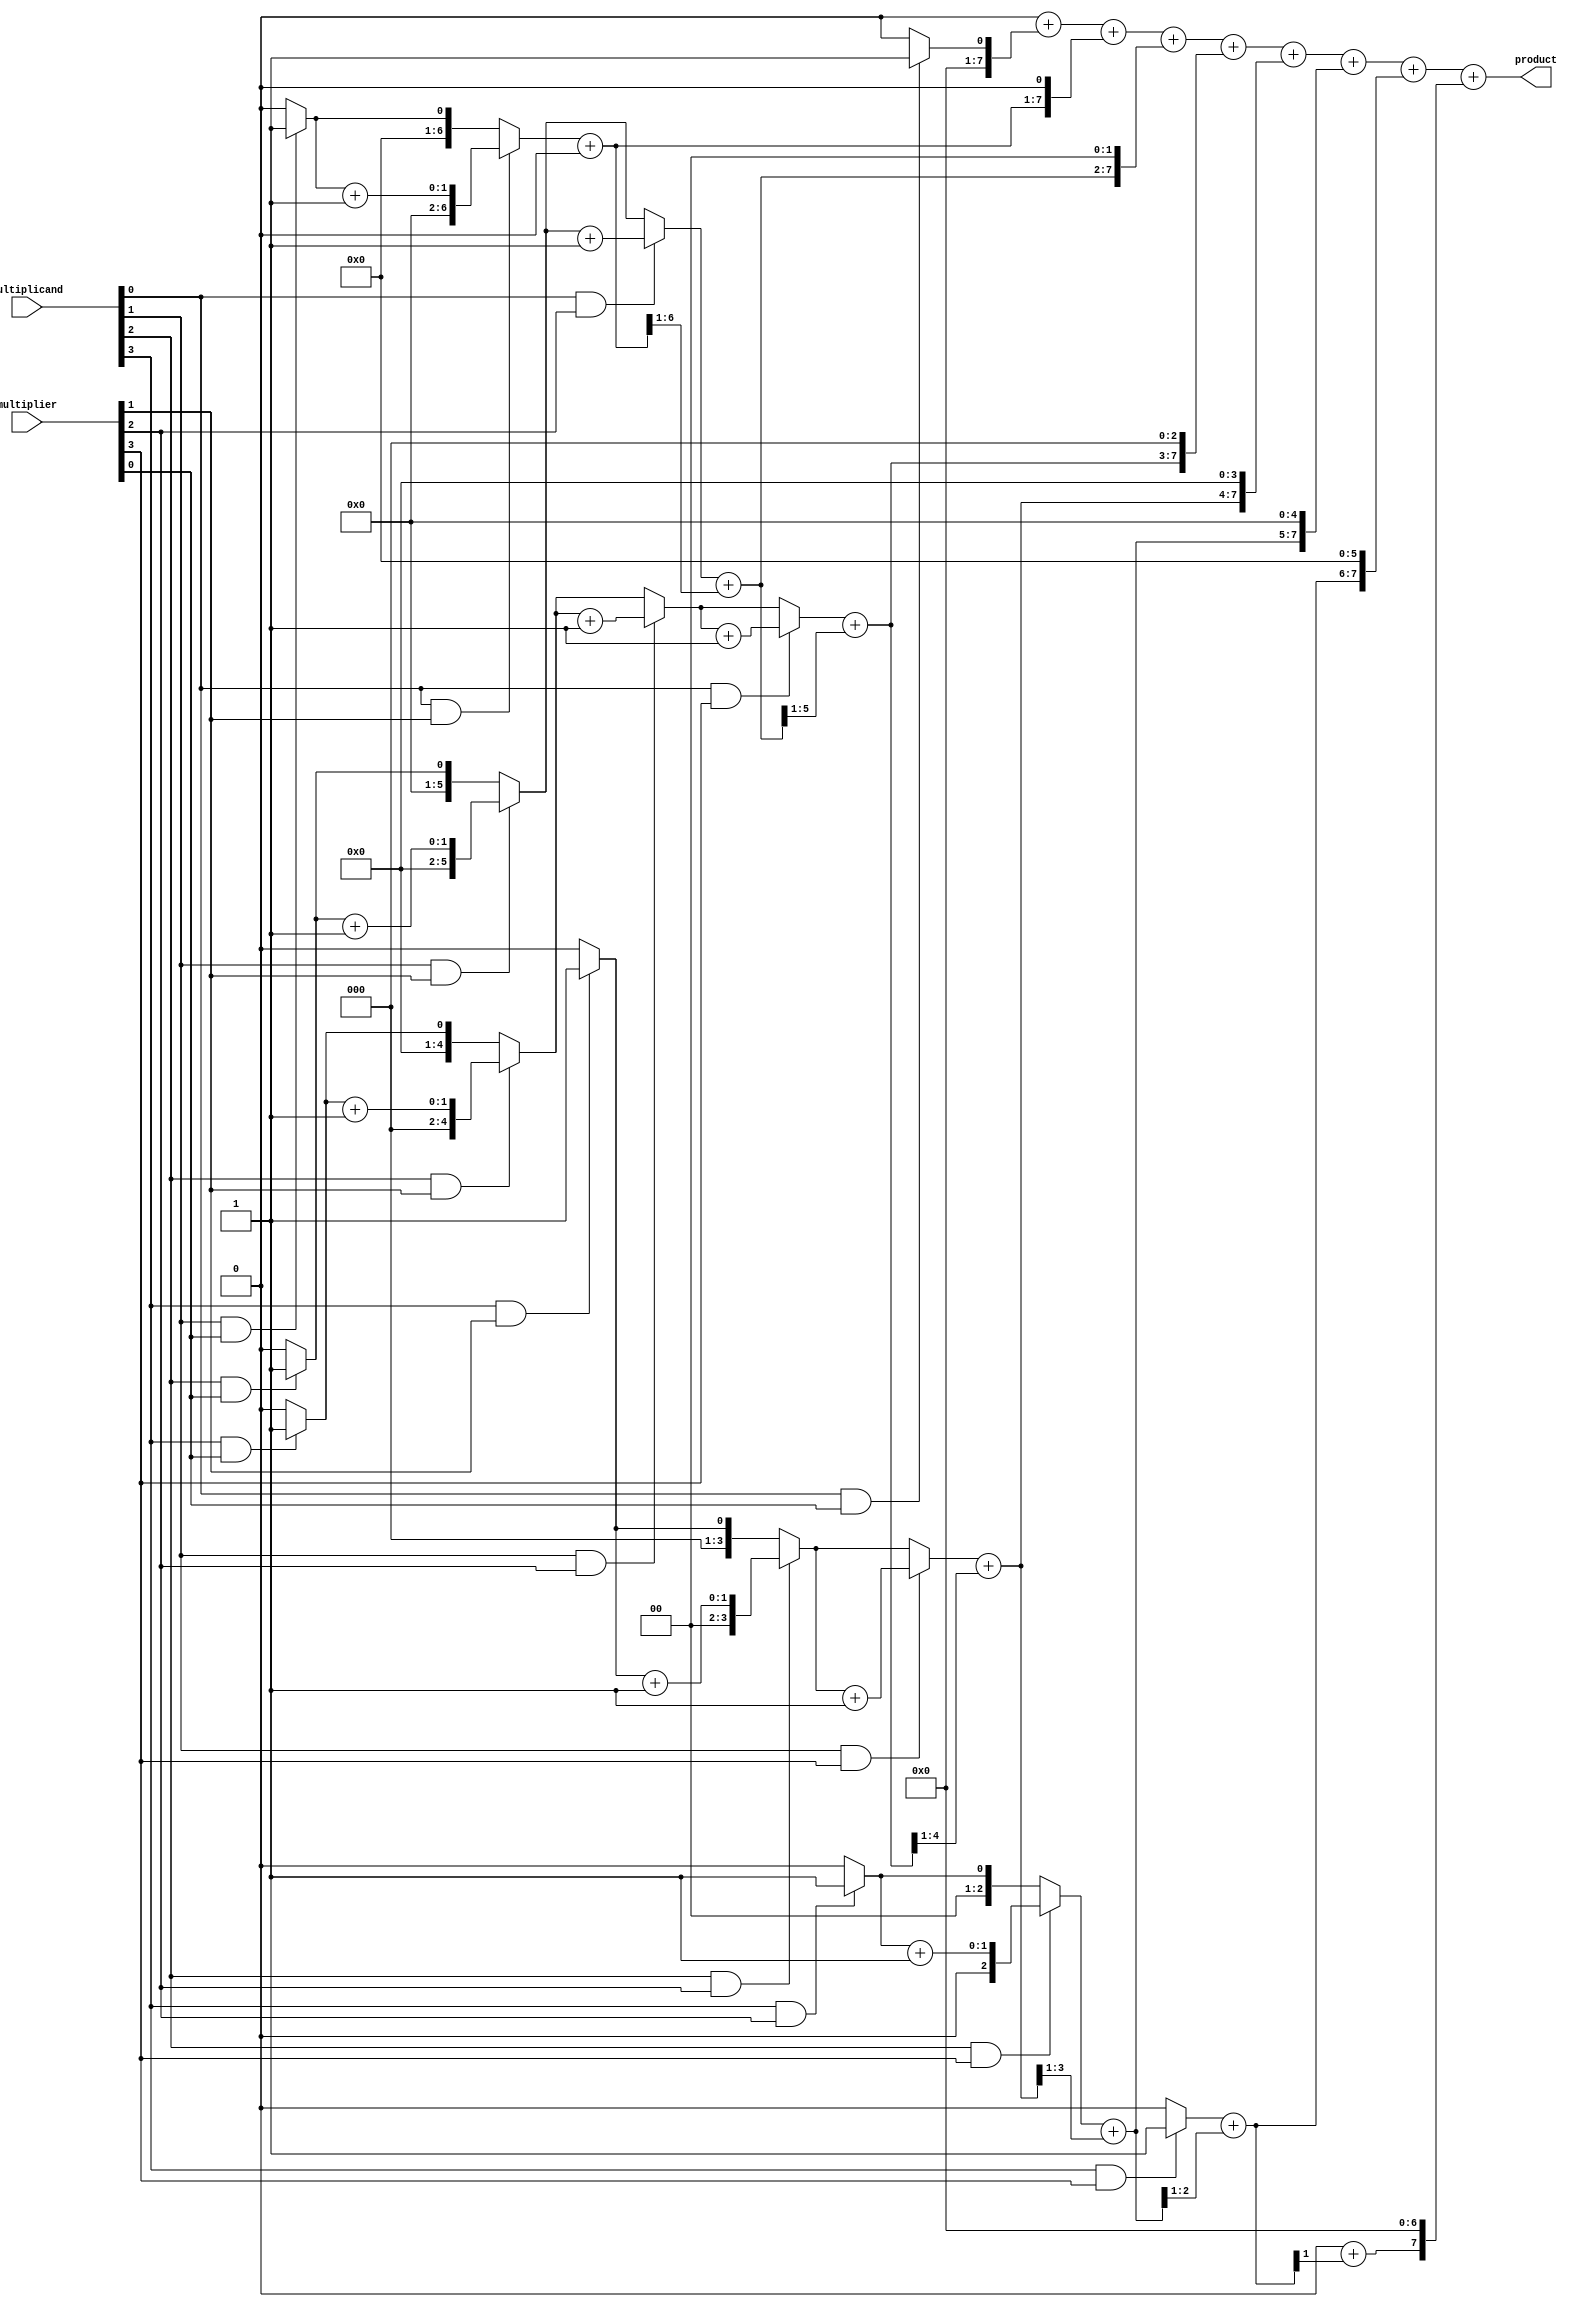
module dadda_multiplier #(parameter M = 4, N = 4) (
    input [M-1:0] multiplicand,
    input [N-1:0] multiplier,
    output reg [M+N-1:0] product
);

    // Partial product array
    reg [M+N-1:0] pp [0:M-1][0:N-1];
    reg [M+N-1:0] sum [0:M+N-1];
    reg [M+N-1:0] carry [0:M+N-1];

    integer i, j;

    // Generate partial products
    always @(*) begin
        for (i = 0; i < M; i = i + 1) begin
            for (j = 0; j < N; j = j + 1) begin
                pp[i][j] = multiplicand[i] & multiplier[j];
            end
        end
    end

    // Dadda reduction tree
    always @(*) begin
        // Initialize sum and carry
        for (i = 0; i < M+N; i = i + 1) begin
            sum[i] = 0;
            carry[i] = 0;
        end

        // Stage 1: Combine bits in pairs
        for (j = 0; j < N; j = j + 1) begin
            for (i = 0; i < M; i = i + 1) begin
                if (pp[i][j]) begin
                    sum[i+j] = sum[i+j] + 1;
                    if (i + 1 < M) begin
                        carry[i+j+1] = carry[i+j+1] + 1;
                    end
                end
            end
        end

        // Stage 2: Reduce to two rows
        for (i = 0; i < M+N-1; i = i + 1) begin
            sum[i+1] = sum[i+1] + (sum[i] >> 1);
            carry[i+1] = carry[i+1] + (carry[i] >> 1);
        end

        // Final summation
        product = 0;
        for (i = 0; i < M+N; i = i + 1) begin
            product = product + (sum[i] << i);
        end
    end

endmodule